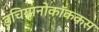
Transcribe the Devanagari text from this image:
इचियानोकॉककस